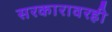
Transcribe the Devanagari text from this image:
सरकारावरही